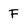
Character: F